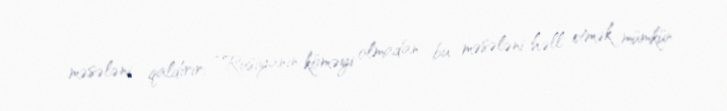
məsələni qaldırır: “Rusiyanın köməyi olmadan bu məsələni həll etmək mümkün